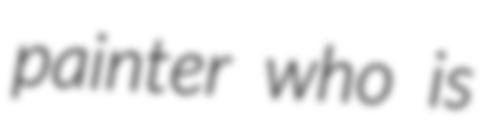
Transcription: painter who is